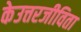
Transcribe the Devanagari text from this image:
केउत्तरजीविता